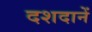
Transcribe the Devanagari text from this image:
दशदानें